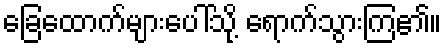
ခြေထောက်များပေါ်သို့ ရောက်သွားကြ၏။